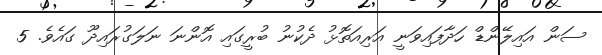
ސަން އައިލޭންޑް ހަދާފައިވަނީ އަރިއަތޮޅު ދެކުނު ބުރީގައި އޮންނަ ނަލަގުރައިދޫ ގައެވެ. 5